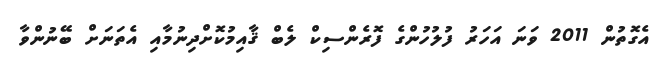
އެގޮތުން 2011 ވަނަ އަހަރު ފުލުހުންގެ ފޮރެންސިކް ލެބް ޤާއިމުކޮށްދިނުމާއި އެތަނަށް ބޭނުންވާ